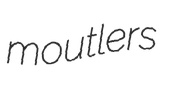
moutlers